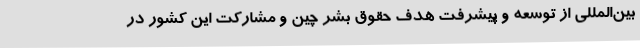
بین‌المللی از توسعه و پیشرفت هدف حقوق بشر چین و مشارکت این کشور در